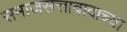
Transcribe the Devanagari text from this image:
समाजसत्तावादाच्या